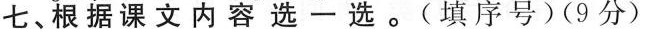
七、根据课文内容选一选。(填序号)(9分)